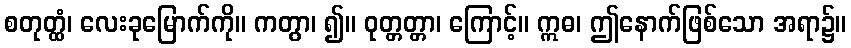
စတုတ္ထံ၊ လေးခုမြောက်ကို။ ကတွာ၊ ၍။ ဝုတ္တတ္တာ၊ ကြောင့်။ ဣဓ၊ ဤနောက်ဖြစ်သော အရာ၌။